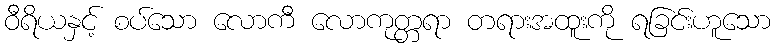
ဝီရိယနှင့် စပ်သော လောကီ လောကုတ္တရာ တရားအထူးကို ရခြင်းဟူသော